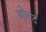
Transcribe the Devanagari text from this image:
थोरट